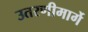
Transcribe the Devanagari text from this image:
उतरणीमार्गे